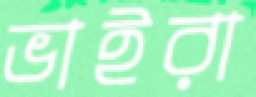
ভাইরা